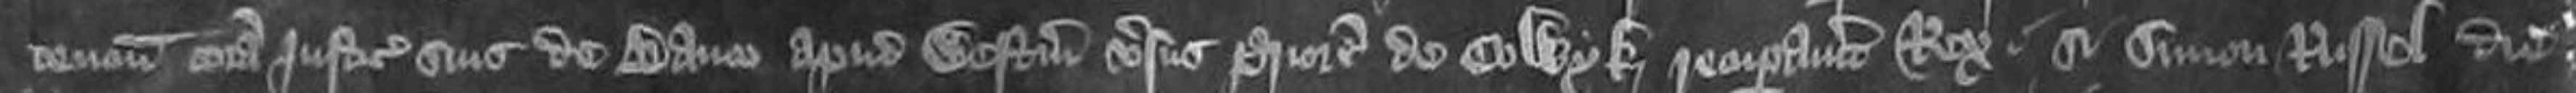
stencium coram justiciariis suis de Banco apud Westmoniasterium versus Priorem de Colwyk recuperaverit Rex si Simon Russel die